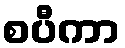
စပီကာ